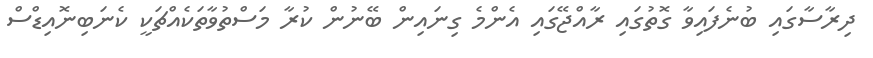
ދިރާސާގައި ބުނެފައިވާ ގޮތުގައި ރާއްޖޭގައި އެންމެ ގިނައިން ބޭނުން ކުރާ މަސްތުވާތަކެއްޗަކީ ކެނަބިނޮއިޑްސް